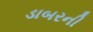
ડાબરની